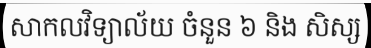
សាកលវិទ្យាល័យ ចំនួន ៦ និង សិស្ស